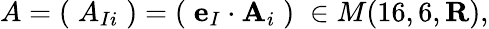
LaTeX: A=(\; A_{Ii}\; )=(\; {\mathbf e}_{I}\cdot{\mathbf A}_{i}\; )\; \in M(16,6,{\mathbf R}),